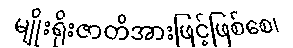
မျိုးရိုးဇာတိအားဖြင့်ဖြစ်စေ၊